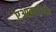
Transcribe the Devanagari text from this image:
एआइसीपीइ